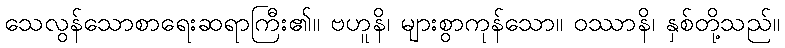
သေလွန်သောစာရေးဆရာကြီး၏။ ဗဟူနိ၊ များစွာကုန်သော။ ဝဿာနိ၊ နှစ်တို့သည်။